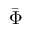
\bar { \Phi }